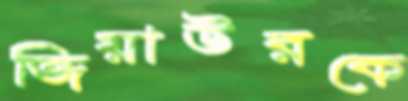
জিয়াউরকে